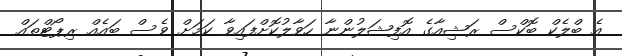
އެ ބްލެކް ބޮކްސް ރަޝިއާގެ އޮފިޝަލުންނާ ހަވާލުކޮށްފައިވާ ކަމަށް ވެސް ބައެއް ރިޕޯޓްތައް